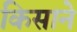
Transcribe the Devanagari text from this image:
किसाने